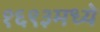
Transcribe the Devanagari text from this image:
१६९३मध्ये